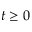
t \geq 0